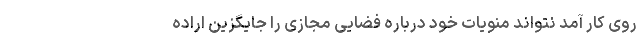
روی کار آمد نتواند منویات خود درباره فضایی مجازی را جایگزین اراده